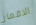
الاقمار